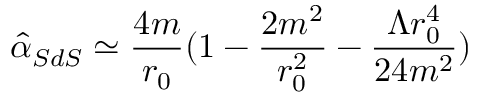
{ \hat { \alpha } _ { S d S } } \simeq \frac { 4 m } { r _ { 0 } } ( 1 - \frac { 2 m ^ { 2 } } { r _ { 0 } ^ { 2 } } - \frac { \Lambda r _ { 0 } ^ { 4 } } { 2 4 m ^ { 2 } } )